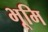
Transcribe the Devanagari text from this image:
भूमि